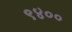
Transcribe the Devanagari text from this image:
९४००